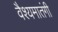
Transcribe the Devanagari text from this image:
वैश्यमातंगी